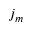
j _ { m }